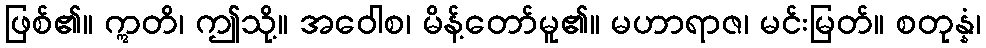
ဖြစ်၏။ ဣတိ၊ ဤသို့။ အဝေါစ၊ မိန့်တော်မူ၏။ မဟာရာဇ၊ မင်းမြတ်။ စတုန္နံ၊